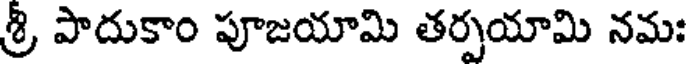
శ్రీ పాదుకాం పూజయామి తర్పయామి నమః